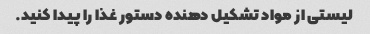
لیستی از مواد تشکیل دهنده دستور غذا را پیدا کنید.